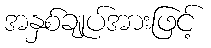
အနှစ်ချုပ်အားဖြင့်